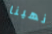
انهينا